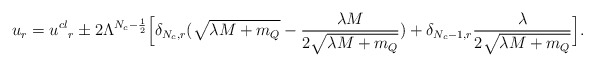
\begin{align*}u_{r}={u^{cl}}_{r} \pm 2 \Lambda^{N_{c}-\frac{1}{2}}\Big[\delta_{N_{c},r}(\sqrt{\lambda M + m_Q}-\frac{\lambda M}{2 \sqrt{\lambda M + m_Q}})+\delta_{N_{c}-1,r}\frac{\lambda}{2\sqrt{\lambda M+m_Q}}\Big].\end{align*}